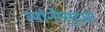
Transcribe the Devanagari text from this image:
त्यांनीसुद्धा